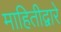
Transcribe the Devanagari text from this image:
माहितीद्वारे